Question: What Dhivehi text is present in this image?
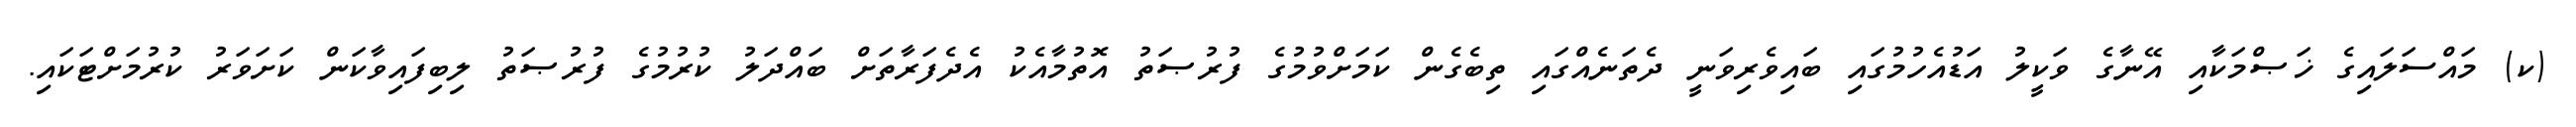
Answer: (ކ) މައްސަލައިގެ ޚަޞްމަކާއި އޭނާގެ ވަކީލު އަޑުއެހުމުގައި ބައިވެރިވަނީ ދެތަނެއްގައި ތިބެގެން ކަމަށްވުމުގެ ފުރުޞަތު އޮތުމާއެކު އެދެފަރާތަށް ބައްދަލު ކުރުމުގެ ފުރުޞަތު ލިބިފައިވާކަން ކަށަވަރު ކުރުމަށްޓަކައި.